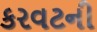
કરવટની